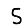
Digit: 5